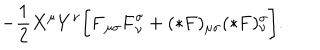
LaTeX: - \frac 1 2 X ^ { \mu } Y ^ { \nu } \biggl [ { \bf F } _ { \mu \sigma } { \bf F } _ { \nu } ^ { \sigma } + ( * { \bf F } ) _ { \mu \sigma } ( * { \bf F } ) _ { \nu } ^ { \sigma } \biggr ] .